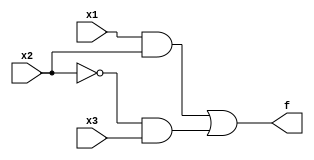
module task1_structural(x1, x2, x3, f);
input x1, x2, x3;
output f;
and(a, x1, x2);
not(b, x2);
and(c, b, x3);
or(f, a, c);
endmodule